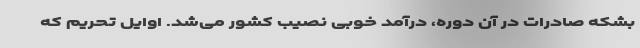
بشکه صادرات در آن دوره، درآمد خوبی نصیب کشور می‌شد. اوایل تحریم که